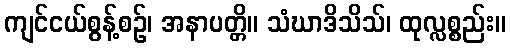
ကျင်ငယ်စွန့်စဉ်၊ အနာပတ္တိ။ သံဃာဒိသိသ်၊ ထုလ္လစ္စည်း။